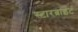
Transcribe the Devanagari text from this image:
स्टारब्राइट